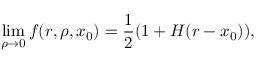
\operatorname * { l i m } _ { \rho \rightarrow 0 } f ( r , \rho , x _ { 0 } ) = { \frac { 1 } { 2 } } ( 1 + H ( r - x _ { 0 } ) ) ,